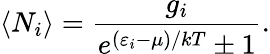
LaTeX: \langle N_{i}\rangle={\frac{g_{i}}{e^{(\varepsilon_{i}-\mu)/kT}\pm 1}}.